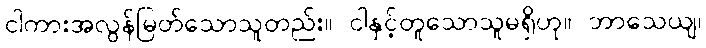
ငါကားအလွန်မြတ်သောသူတည်း။ ငါနှင့်တူသောသူမရှိဟု။ ဘာသေယျ၊